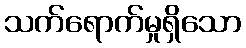
သက်ရောက်မှုရှိသော